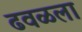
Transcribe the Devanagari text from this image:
ढवळला